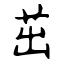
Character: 茁